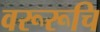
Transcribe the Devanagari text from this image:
वरूरूचि